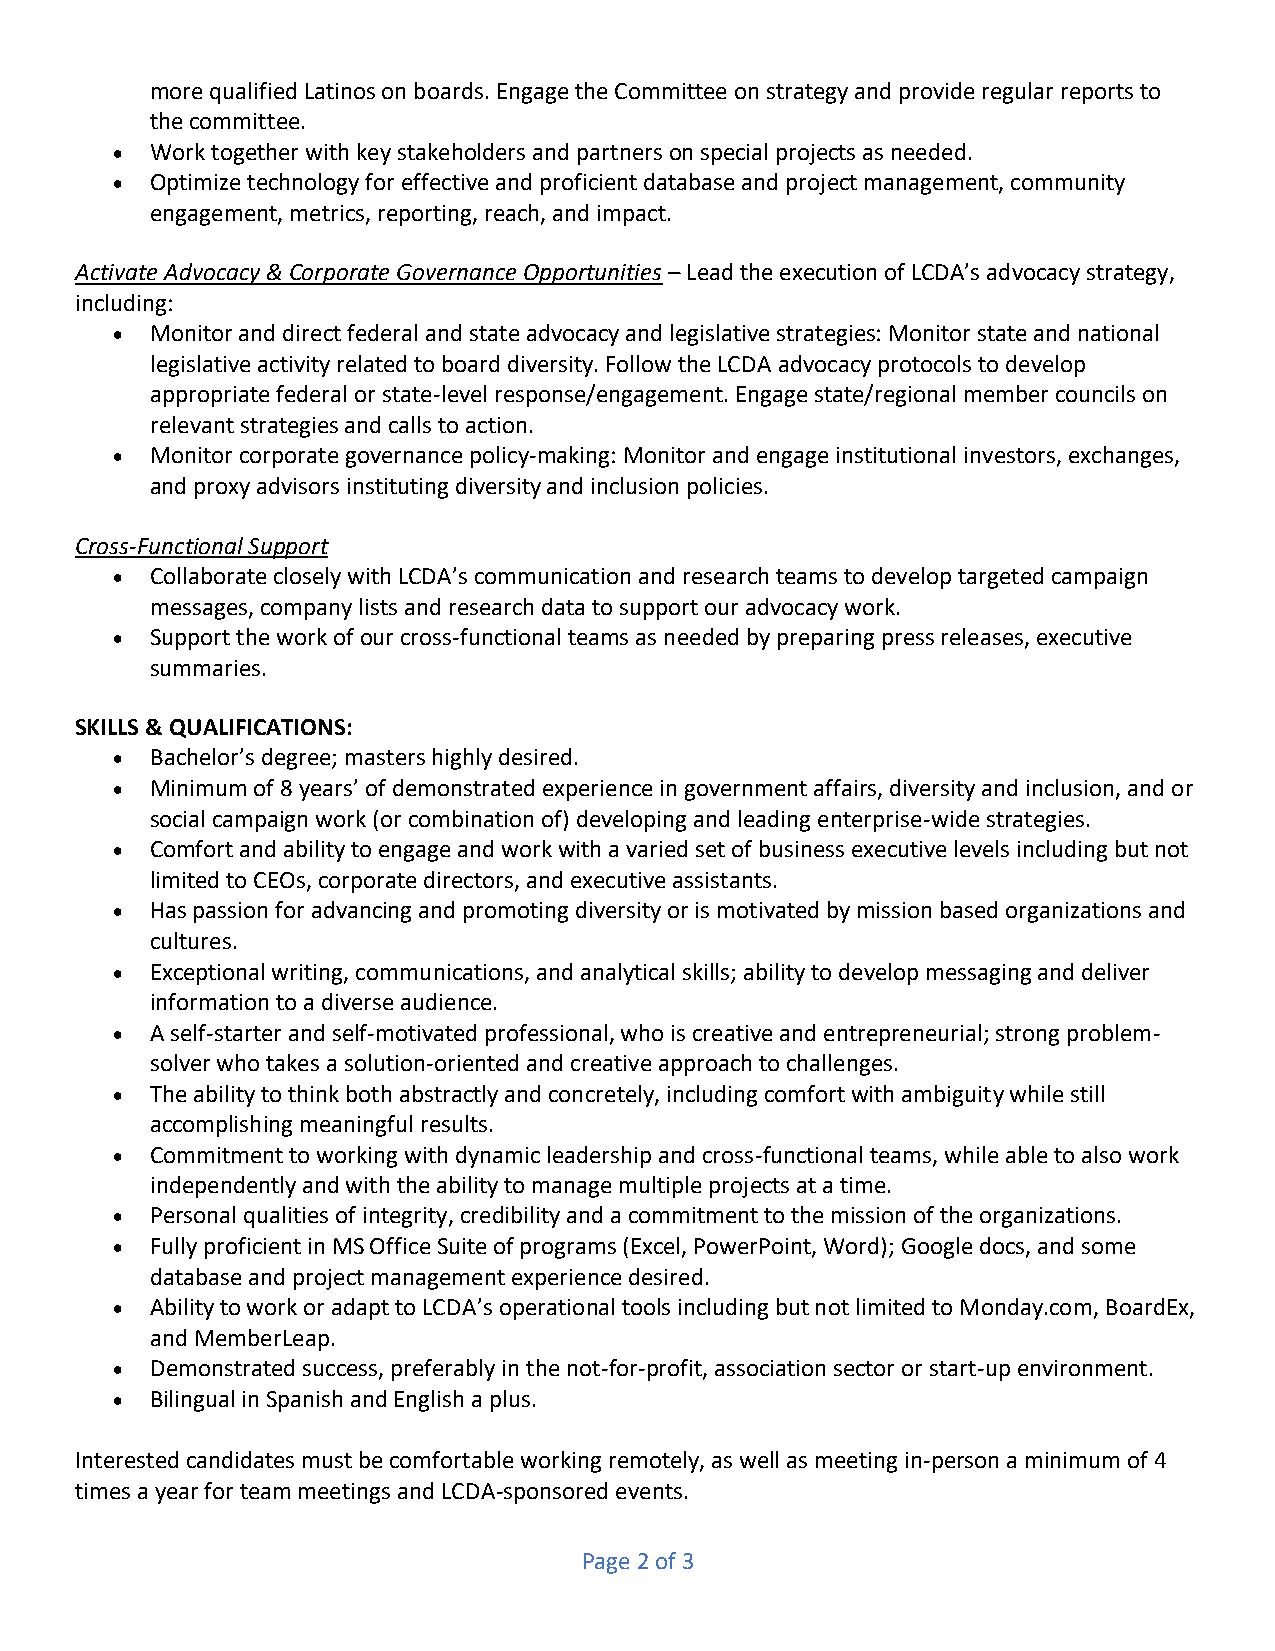
more qualified Latinos on boards. Engage the Committee on strategy and provide regular reports to
 the committee.
 •  Work together with key stakeholders and partners on special projects as needed.
 •  Optimize technology for effective and proficient database and project management, community
 engagement, metrics, reporting, reach, and impact.
 Activate Advocacy & Corporate Governance Opportunities – Lead the execution of LCDA’s advocacy strategy,
 including:
 •  Monitor and direct federal and state advocacy and legislative strategies: Monitor state and national
 legislative activity related to board diversity. Follow the LCDA advocacy protocols to develop
 appropriate federal or state-level response/engagement. Engage state/regional member councils on
 relevant strategies and calls to action.
 •  Monitor corporate governance policy-making: Monitor and engage institutional investors, exchanges,
 and proxy advisors instituting diversity and inclusion policies.
 Cross-Functional Support
 •  Collaborate closely with LCDA’s communication and research teams to develop targeted campaign
 messages, company lists and research data to support our advocacy work.
 •  Support the work of our cross-functional teams as needed by preparing press releases, executive
 summaries.
 SKILLS & QUALIFICATIONS:
 •  Bachelor’s degree; masters highly desired.
 •  Minimum of 8 years’ of demonstrated experience in government affairs, diversity and inclusion, and or
 social campaign work (or combination of) developing and leading enterprise-wide strategies.
 •  Comfort and ability to engage and work with a varied set of business executive levels including but not
 limited to CEOs, corporate directors, and executive assistants.
 •  Has passion for advancing and promoting diversity or is motivated by mission based organizations and
 cultures.
 •  Exceptional writing, communications, and analytical skills; ability to develop messaging and deliver
 information to a diverse audience.
 •  A self-starter and self-motivated professional, who is creative and entrepreneurial; strong problem-
 solver who takes a solution-oriented and creative approach to challenges.
 •  The ability to think both abstractly and concretely, including comfort with ambiguity while still
 accomplishing meaningful results.
 •  Commitment to working with dynamic leadership and cross-functional teams, while able to also work
 independently and with the ability to manage multiple projects at a time.
 •  Personal qualities of integrity, credibility and a commitment to the mission of the organizations.
 •  Fully proficient in MS Office Suite of programs (Excel, PowerPoint, Word); Google docs, and some
 database and project management experience desired.
 •  Ability to work or adapt to LCDA’s operational tools including but not limited to Monday.com, BoardEx,
 and MemberLeap.
 •  Demonstrated success, preferably in the not-for-profit, association sector or start-up environment.
 •  Bilingual in Spanish and English a plus.
 Interested candidates must be comfortable working remotely, as well as meeting in-person a minimum of 4
 times a year for team meetings and LCDA-sponsored events.
 Page 2 of 3